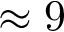
\approx 9